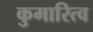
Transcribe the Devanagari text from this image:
कुमारित्व